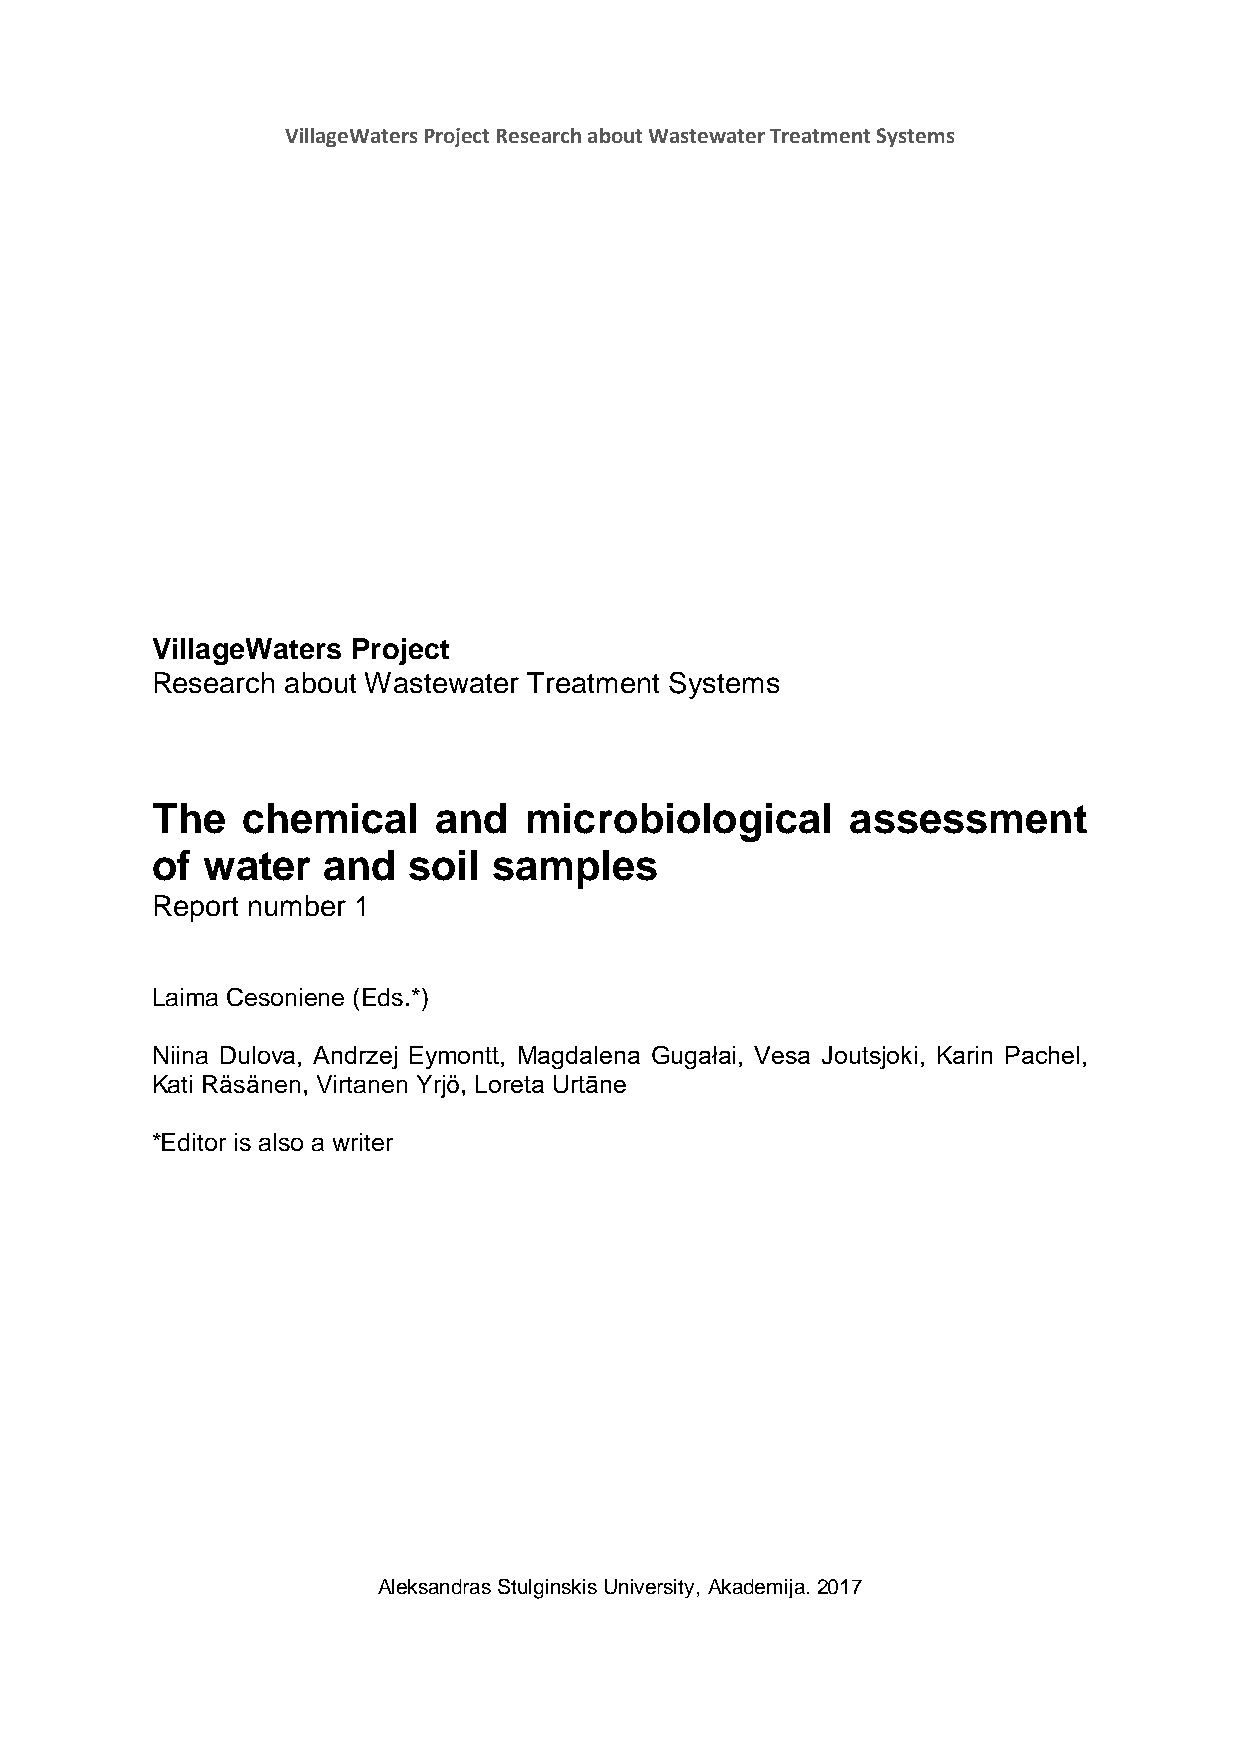
VillageWaters Project Research about Wastewater Treatment Systems
 VillageWaters Project
 Research about Wastewater Treatment Systems
 The   chemical     and   microbiological      assessment
 of water   and   soil  samples
 Report number 1
 Laima Cesoniene (Eds.*)
 Niina Dulova, Andrzej Eymontt, Magdalena Gugałai, Vesa Joutsjoki, Karin Pachel,
 Kati Räsänen, Virtanen Yrjö, Loreta Urtāne
 *Editor is also a writer
 Aleksandras Stulginskis University, Akademija. 2017